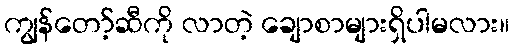
ကျွန်တော့်ဆီကို လာတဲ့ ချောစာများရှိပါမလား။